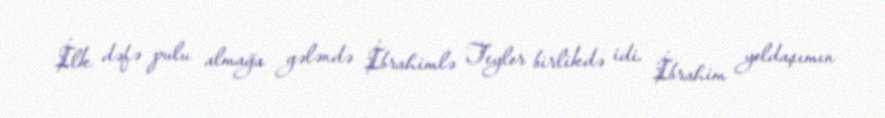
İlk dəfə pulu almağa gələndə İbrahimlə Teylor birlikdə idi. İbrahim yoldaşımın